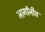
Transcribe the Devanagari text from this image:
मार्गांनीच